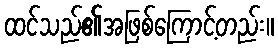
ထင်သည်၏အဖြစ်ကြောင့်တည်း။